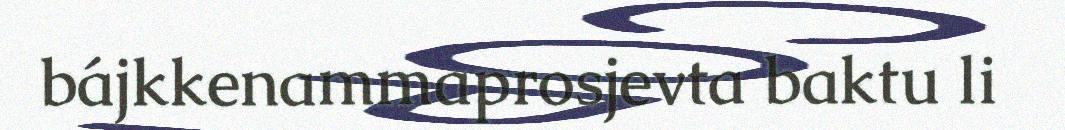
bájkkenammaprosjevta baktu li